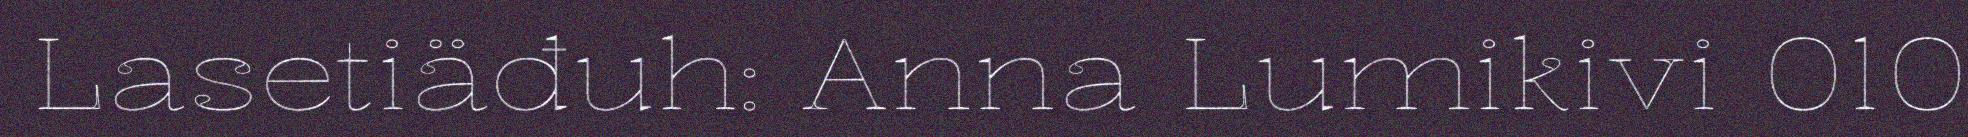
Lasetiäđuh: Anna Lumikivi 010